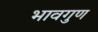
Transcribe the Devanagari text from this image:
भावगुण